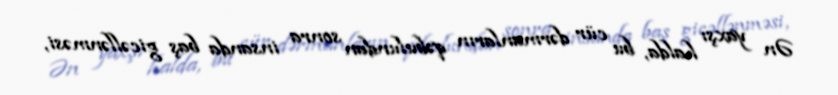
Ən yaxşı halda, bu cür dərmanların qəbulundan sonra insanda baş gicəllənməsi,